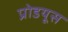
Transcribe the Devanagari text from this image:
प्रोडयूस